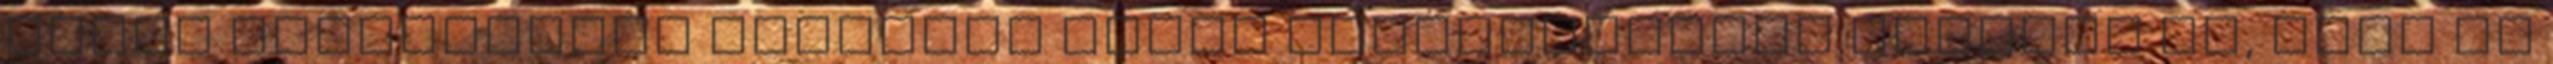
ettől függetlenül baromság azzal lefegyverezni akárkit is, hogy ha